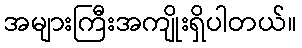
အများကြီးအကျိုးရှိပါတယ်။